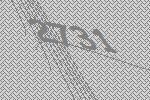
2731